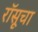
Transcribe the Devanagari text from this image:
रॉसूचा